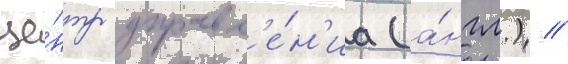
це́нтр управл'е́н'иа (а́нгл.) //